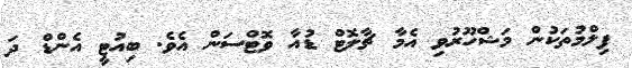
ފިލްމުތަކުން މަޝްހޫރުވި އެމާ ޗާލޮޓް ޑުއާ ވޮޓްސަން އެވެ. ބިއުޓީ އެންޑް ދަ